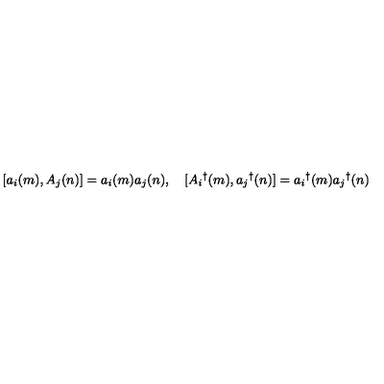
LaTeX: [ a _ { i } ( m ) , A _ { j } ( n ) ] = a _ { i } ( m ) a _ { j } ( n ) , \quad [ A _ { i } { } ^ { \dag } ( m ) , a _ { j } { } ^ { \dag } ( n ) ] = a _ { i } { } ^ { \dag } ( m ) a _ { j } { } ^ { \dag } ( n )